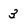
Character: 3